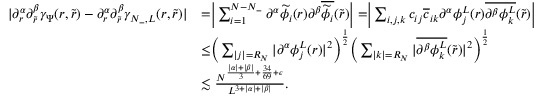
\begin{array} { r l } { | \partial _ { r } ^ { \alpha } \partial _ { \tilde { r } } ^ { \beta } \gamma _ { \Psi } ( r , \tilde { r } ) - \partial _ { r } ^ { \alpha } \partial _ { \tilde { r } } ^ { \beta } \gamma _ { N _ { - } , L } ( r , \tilde { r } ) | } & { = \biggr | \sum _ { i = 1 } ^ { N - N _ { - } } \partial ^ { \alpha } \widetilde { \phi _ { i } } ( r ) \partial ^ { \beta } \overline { { \widetilde { \phi } _ { i } } } ( \tilde { r } ) \biggr | = \biggr | \sum _ { i , j , k } c _ { i j } \overline { { c } } _ { i k } \partial ^ { \alpha } \phi _ { j } ^ { L } ( r ) \overline { { \partial ^ { \beta } \phi _ { k } ^ { L } } } ( \tilde { r } ) \biggr | } \\ & { \leq \biggr ( \sum _ { | j | = R _ { N } } | \partial ^ { \alpha } \phi _ { j } ^ { L } ( r ) | ^ { 2 } \bigg ) ^ { \frac 1 2 } \biggr ( \sum _ { | k | = R _ { N } } | \overline { { \partial ^ { \beta } \phi _ { k } ^ { L } } } ( \tilde { r } ) | ^ { 2 } \biggr ) ^ { \frac 1 2 } } \\ & { \lesssim \frac { N ^ { \frac { | \alpha | + | \beta | } { 3 } + \frac { 3 4 } { 6 9 } + \epsilon } } { L ^ { 3 + | \alpha | + | \beta | } } . } \end{array}